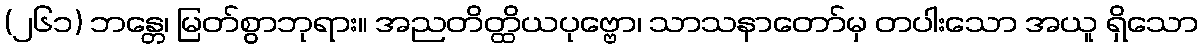
(၂၆၁) ဘန္တေ၊ မြတ်စွာဘုရား။ အညတိတ္ထိယပုဗ္ဗော၊ သာသနာတော်မှ တပါးသော အယူ ရှိသော